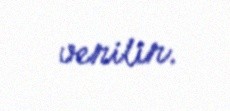
verilir.